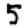
Digit: 5